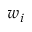
w _ { i }